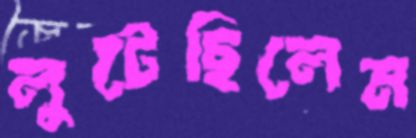
লুটেছিলেম